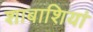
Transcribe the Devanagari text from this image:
शाबाशियां